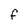
Character: F